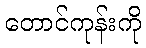
တောင်ကုန်းကို